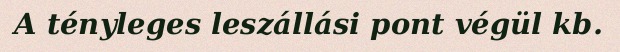
A tényleges leszállási pont végül kb.